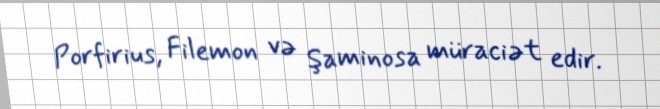
Porfirius, Filemon və Şaminosa müraciət edir.